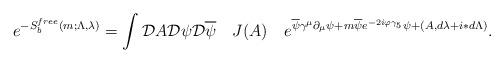
LaTeX: \begin{align*}e^{- S^{free}_{b}(m;\Lambda,\lambda)}=\int{\cal D}A{\cal D}\psi{\cal D}\overline\psi\quad J(A)\quad e^{\overline\psi\gamma^\mu\partial_\mu\psi +m\overline\psi e^{-2i\varphi\gamma_5}\psi +(A,d\lambda+i\ast d\Lambda)}.\end{align*}